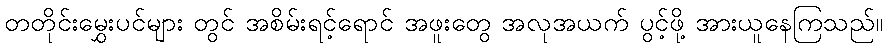
တတိုင်းမွှေးပင်များ တွင် အစိမ်းရင့်ရောင် အဖူးတွေ အလုအယက် ပွင့်ဖို့ အားယူနေကြသည်။